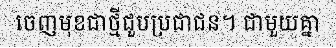
ចេញមុខជាថ្មីជួបប្រជាជន។ ជាមួយគ្នា